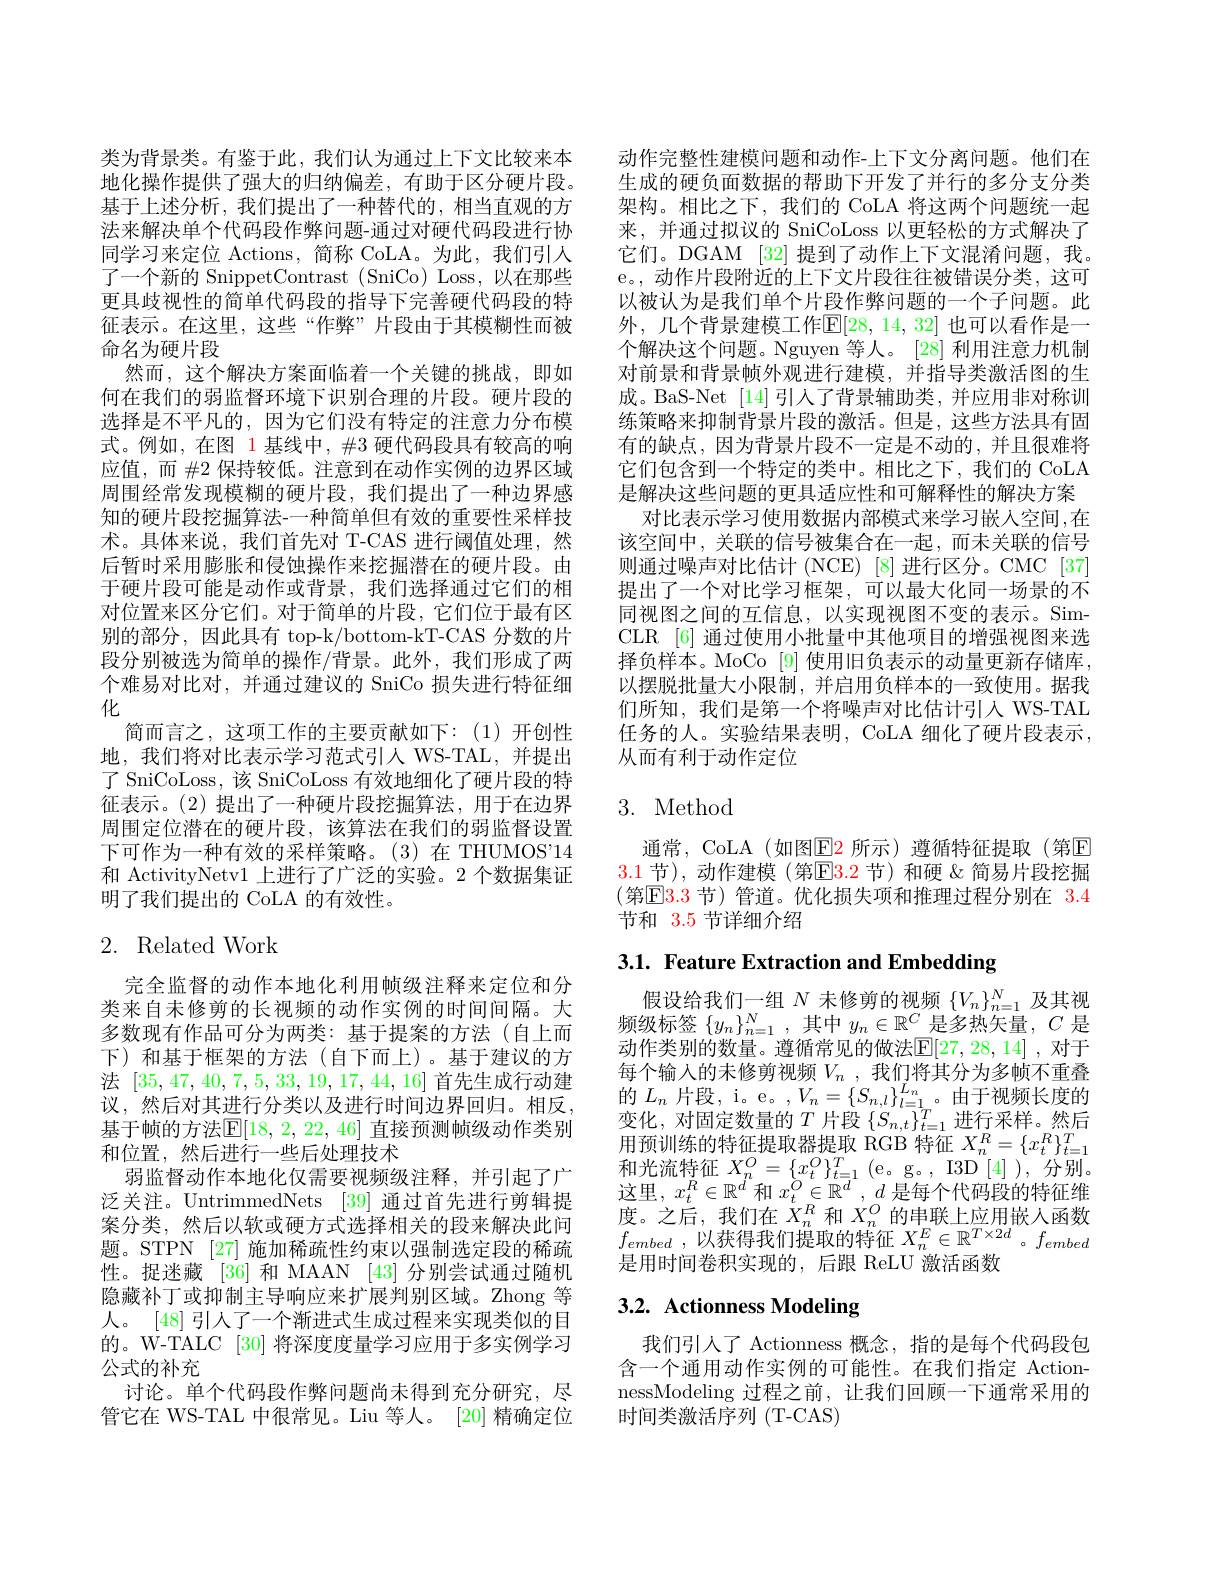
类为背景类。有鉴于此，我们认为通过上下文比较来本地化操作提供了强大的归纳偏差，有助于区分硬片段。基于上述分析，我们提出了一种替代的，相当直观的方法来解决单个代码段作弊问题-通过对硬代码段进行协同学习来定位 Actions, 简称 CoLA。为此，我们引入了一个新的 SnippetContrast (SniCo) Loss, 以在那些更具歧视性的简单代码段的指导下完善硬代码段的特征表示。在这里，这些“作弊”片段由于其模糊性而被命名为硬片段
然而，这个解决方案面临着一个关键的挑战，即如何在我们的弱监督环境下识别合理的片段。硬片段的选择是不平凡的，因为它们没有特定的注意力分布模式。例如，在图 1 基线中，#3 硬代码段具有较高的响应值，而 #2 保持较低。注意到在动作实例的边界区域周围经常发现模糊的硬片段，我们提出了一种边界感知的硬片段挖掘算法-一种简单但有效的重要性采样技术。具体来说，我们首先对 T-CAS 进行阈值处理，然后暂时采用膨胀和侵蚀操作来挖掘潜在的硬片段。由于硬片段可能是动作或背景，我们选择通过它们的相对位置来区分它们。对于简单的片段，它们位于最有区别的部分，因此具有 top-k/bottom-kT-CAS 分数的片段分别被选为简单的操作/背景。此外，我们形成了两个难易对比对，并通过建议的 SniCo 损失进行特征细化
简而言之，这项工作的主要贡献如下：(1)开创性地，我们将对比表示学习范式引人 WS-TAL,并提出了 SniCoLoss, 该 SniCoLoss 有效地细化了硬片段的特征表示。(2)提出了一种硬片段挖掘算法，用于在边界周围定位潜在的硬片段，该算法在我们的弱监督设置下可作为一种有效的采样策略。(3)在 THUMOS"14和 ActivityNetv1 上进行了广泛的实验。2 个数据集证明了我们提出的 CoLA 的有效性。

# 2. Related Work

完全监督的动作本地化利用帧级注释来定位和分类来自未修剪的长视频的动作实例的时间间隔。大多数现有作品可分为两类：基于提案的方法(自上而下)和基于框架的方法(自下而上)。基于建议的方法[35,47,40,7,5,33,19,17,44,16]首先生成行动建议，然后对其进行分类以及进行时间边界回归。相反， 基于帧的方法$\mathbb{E}[18,2,22,46]$ 直接预测帧级动作类别和位置，然后进行一些后处理技术
弱监督动作本地化仅需要视频级注释，并引起了广泛关注。UntrimmedNets [39] 通过首先进行剪辑提案分类，然后以软或硬方式选择相关的段来解决此问题。STPN [27] 施加稀疏性约束以强制选定段的稀疏性。捉迷藏 [36] 和 MAAN [43] 分别尝试通过随机隐藏补丁或抑制主导响应来扩展判别区域。Zhong 等人。[48] 引人了一个渐进式生成过程来实现类似的目的。W-TALC [30] 将深度度量学习应用于多实例学习公式的补充
讨论。单个代码段作弊问题尚未得到充分研究，尽管它在 WS-TAL 中很常见。Liu 等人。[20] 精确定位

动作完整性建模问题和动作-上下文分离问题。他们在生成的硬负面数据的帮助下开发了并行的多分支分类架构。相比之下，我们的 CoLA 将这两个问题统一起来，并通过拟议的 SniCoLoss 以更轻松的方式解决了它们。DGAM [32] 提到了动作上下文混淆问题，我。e。, 动作片段附近的上下文片段往往被错误分类，这可以被认为是我们单个片段作弊问题的一个子问题。此外，几个背景建模工作$\mathbb{E}[28,14,32]$ 也可以看作是一个解决这个问题。Nguyen 等人。[28]利用注意力机制对前景和背景帧外观进行建模，并指导类激活图的生成。BaS-Net [14]引人了背景辅助类，并应用非对称训练策略来抑制背景片段的激活。但是，这些方法具有固有的缺点，因为背景片段不一定是不动的，并且很难将它们包含到一个特定的类中。相比之下，我们的 CoLA 是解决这些问题的更具适应性和可解释性的解决方案
对比表示学习使用数据内部模式来学习嵌人空间，在该空间中，关联的信号被集合在一起，而未关联的信号则通过噪声对比估计(NCE)[8]进行区分。CMC[37] 提出了一个对比学习框架，可以最大化同一场景的不同视图之间的互信息，以实现视图不变的表示。SimCLR [6] 通过使用小批量中其他项目的增强视图来选择负样本。MoCo [9] 使用旧负表示的动量更新存储库， 以摆脱批量大小限制，并启用负样本的一致使用。据我们所知，我们是第一个将噪声对比估计引人 WS-TAL 任务的人。实验结果表明，CoLA 细化了硬片段表示， 从而有利于动作定位

## 3. Method

通常，CoLA (如图$\color{red}{\mathrm{E}}\color{blue}{\mathrm{E}}\color{red}{\mathrm{E}}\color{red}{\mathrm{E}}$ 所示) 遵循特征提取 (第☑ 3.1 节),动作建模(第$\mathbb{E}\color{red}3.\color{red}2$ 节)和硬&简易片段挖掘(第$\mathbb{E}\color{red}3.3$ 节)管道。优化损失项和推理过程分别在 $\color{red}3.4$ 节和 3.5 节详细介绍

3.1. Feature Extraction and Embedding

假设给我们一组$N$未修剪的视频$\{V_n\}_n=1^N$及其视频级标签$\{y_n\}_n=1^N$,其中$y_n\in\mathbb{R}^C$是多热矢量，$C$是动作类别的数量。遵循常见的做法$\mathbb{E}[27,28,14]$ ,对于每个输入的未修剪视频$V_n$ ,我们将其分为多帧不重叠的$L_n$片段，i。e。$,V_n=\{S_{n,l}\}_{l=1}^{L_n}$。由于视频长度的变化，对固定数量的$T$片段$\{S_n,t\}_{t=1}^T$进行采样。然后用预训练的特征提取器提取 RGB 特征$X_n^R=\{x_t^R\}_{t=1}^T$ 和光流特征$X_n^O=\{x_t^O\}_{t=1}^T($e。g。,I3D[4]),分别。这里，$x_t^R\in\mathbb{R}^d$和$x_t^O\in\mathbb{R}^d,d$是每个代码段的特征维度。之后，我们在$\dot{X}_n^R$和$X_n^O$的串联上应用嵌人函数$f_{embed}$ , 以获得我们提取的特征 $X_n^E\in \mathbb{R} ^{T\times 2d}$ $。f_{embed}$ 是用时间卷积实现的，后跟 ReLU 激活函数

# 3.2. Actionness Modeling

我们引人了 Actionness 概念，指的是每个代码段包含一个通用动作实例的可能性。在我们指定 ActionnessModeling 过程之前，让我们回顾一下通常采用的时间类激活序列(T-CAS)